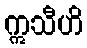
ဣသီဟိ